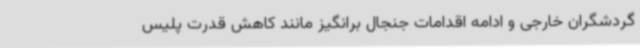
گردشگران خارجی و ادامه اقدامات جنجال برانگیز مانند کاهش قدرت پلیس